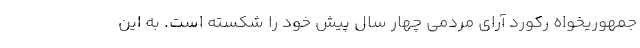
جمهوریخواه رکورد آرای مردمی چهار سال پیش خود را شکسته است. به این